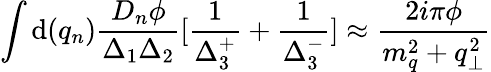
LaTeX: \int\mathrm{d}(q_{n})\frac{{D_{n}\phi}}{{\Delta_{1}\Delta_{2}}}[\frac{{1}}{{\Delta_{3}^{+}}}+\frac{{1}}{{\Delta_{3}^{-}}}]\approx\frac{{2i\pi\phi}}{{m_{q}^{2}+q_{\perp}^{2}}}